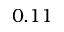
0 . 1 1